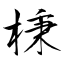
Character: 棅